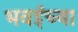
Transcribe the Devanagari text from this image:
भवईच्या